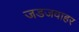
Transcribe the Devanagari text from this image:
जडजवाहर